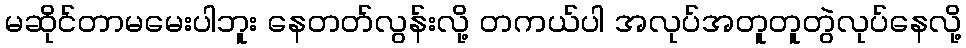
မဆိုင်တာမမေးပါဘူး နေတတ်လွန်းလို့ တကယ်ပါ အလုပ်အတူတူတွဲလုပ်နေလို့